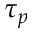
\tau _ { p }